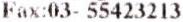
FAX:03- 55423213